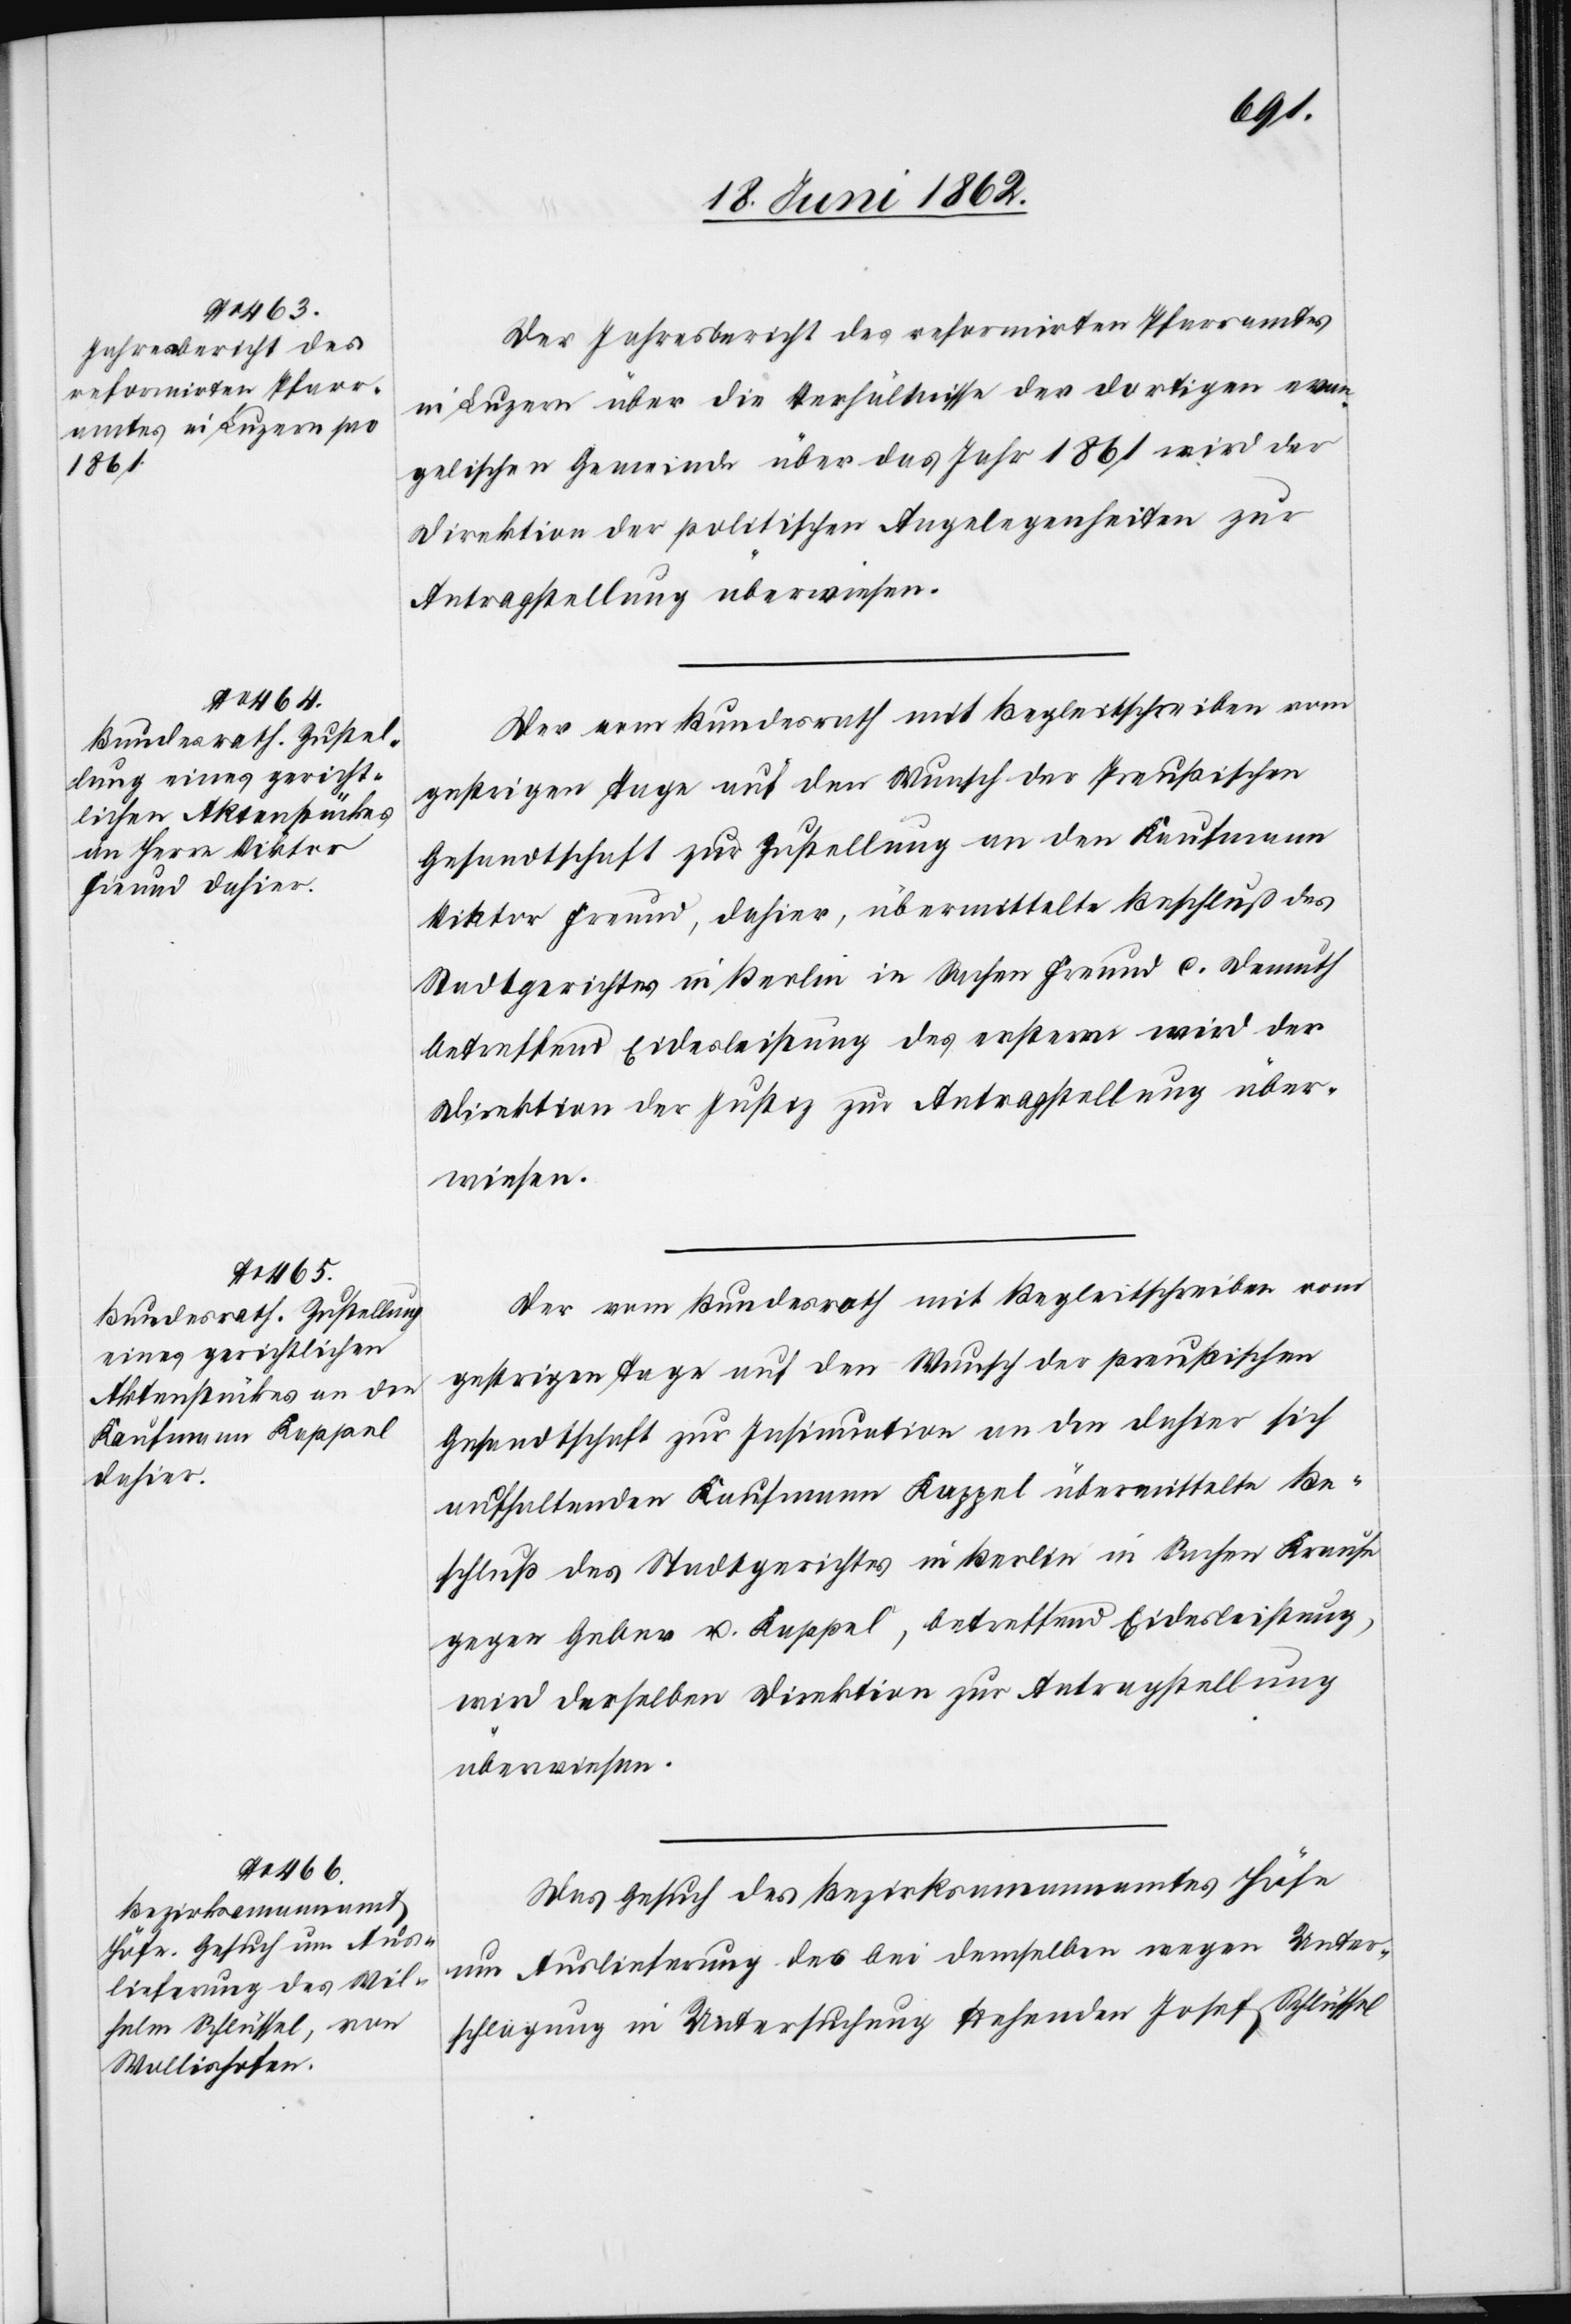
19. Juni 1862.]
Der Jahresbericht des reformirten Pfarramtes
in Luzern über die Verhältnisse der dortigen evan¬
gelischen Gemeinde über das Jahr 1861 wird der
Direktion der politischen Angelegenheiten zur
Antragstellung überwiesen.
Gesandtschaft zur Zustellung an den Kaufmann
Viktor Freund, dahier, übermittelte Beschluß des
Stadtgerichtes in Berlin in Sachen Freund c. Demuth
betreffend Eidesleistung des erstern wird der
Direktion der Justiz zur Antragstellung über¬
wiesen.
Der vom Bundesrath mit Begleitschreiben vom
gestrigen Tage auf den Wunsch der preußischen
Gesandtschaft zur Insinuation an den dahier sich
aufhaltenden Kaufmann Kappel übermittelte Be¬
schluß des Stadtgerichtes in Berlin in Sachen Krause
gegen Geber u. Kappel, betreffend Eidesleistung,
wird derselben Direktion zur Antragstellung
überwiesen.
Das Gesuch des Bezirksammannamtes Höfe
um Auslieferung des bei demselben wegen Unter¬
schlagung in Untersuchung stehenden Josef Schlüssel